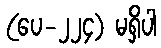
(ပေ-၂၂၄) မရှိပါ